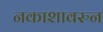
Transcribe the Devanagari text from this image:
नकाशावरुन